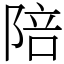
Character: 陪